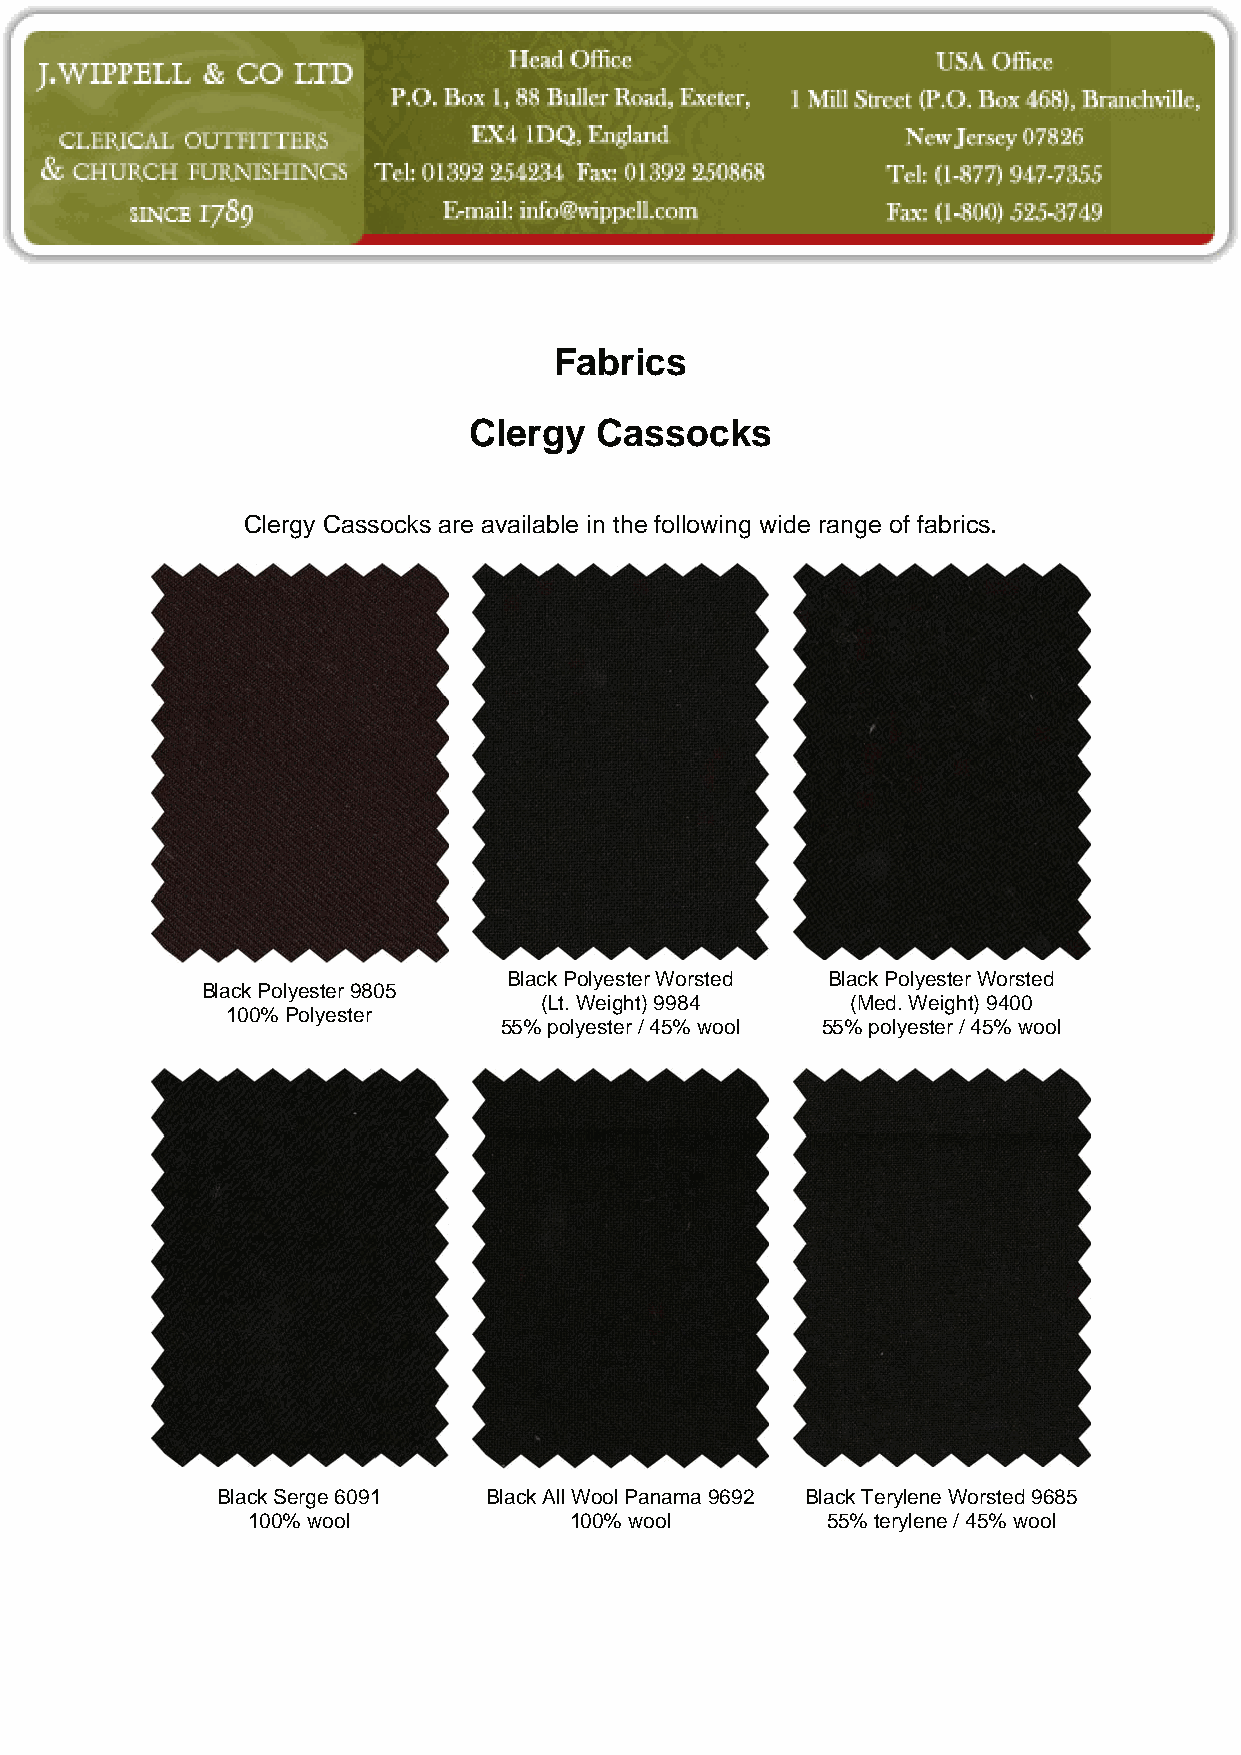
Fabrics
 Clergy  Cassocks
 Clergy Cassocks are available in the following wide range of fabrics.
 Black Polyester Worsted Black Polyester Worsted
 Black Polyester 9805
 (Lt. Weight) 9984   (Med. Weight) 9400
 100% Polyester
 55% polyester / 45% wool 55% polyester / 45% wool
 Black Serge 6091  Black All Wool Panama 9692 Black Terylene Worsted 9685
 100% wool             100% wool        55% terylene / 45% wool